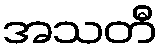
အသတီ